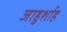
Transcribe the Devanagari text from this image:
जाहुर्शाह